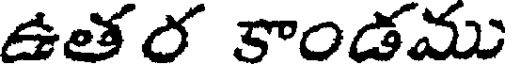
ఉతర కాండము